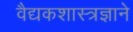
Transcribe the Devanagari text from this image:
वैद्यकशास्त्रज्ञाने